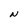
Character: N